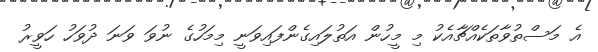
އެ މަސްތުވާތަކެއްޗާއެކު މި މީހުން އަތުލައިގެންފައިވަނީ މިމަހުގެ ނުވަ ވަނަ ދުވަހު ހަވީރު